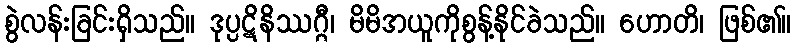
စွဲလန်းခြင်းရှိသည်။ ဒုပ္ပဋိနိဿဂ္ဂီ၊ မိမိအယူကိုစွန့်နိုင်ခဲသည်။ ဟောတိ၊ ဖြစ်၏။